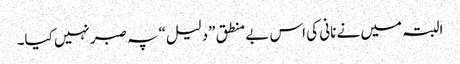
البتہ میں نے نانی کی اس بے منطق ”دلیل“ پہ صبرنہیں کیا۔